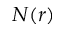
N ( r )